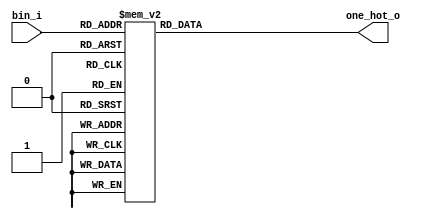
`timescale 1ns / 1ps
//////////////////////////////////////////////////////////////////////////////////
// Company: 
// Engineer: 
// 
// Design Name: 
// Module Name: day_8_binary_to_onehot
// Project Name: 
// Target Devices: 
// Tool Versions: 
// Description: 
// 
// Dependencies: 
// 
// Revision:
// Revision 0.01 - File Created
// Additional Comments:
// 
//////////////////////////////////////////////////////////////////////////////////


module day_8_binary_to_onehot
#(
  parameter BIN_W       = 4,
  parameter ONE_HOT_W   = 16
)(
  input   wire [BIN_W-1:0] bin_i,    
  output  reg [ONE_HOT_W-1:0] one_hot_o 
);
always @(*) begin
case (bin_i)
4'b0000: one_hot_o <= 16'b0000000000000001;
4'b0001: one_hot_o <= 16'b0000000000000010;
4'b0010: one_hot_o <= 16'b0000000000000100;
4'b0011: one_hot_o <= 16'b0000000000001000;
4'b0100: one_hot_o <= 16'b0000000000010000;
4'b0101: one_hot_o <= 16'b0000000000100000;
4'b0110: one_hot_o <= 16'b0000000001000000;
4'b0111: one_hot_o <= 16'b0000000010000000;
4'b1000: one_hot_o <= 16'b0000000100000000;
4'b1001: one_hot_o <= 16'b0000001000000000;
4'b1010: one_hot_o <= 16'b0000010000000000;
4'b1011: one_hot_o <= 16'b0000100000000000;
4'b1100: one_hot_o <= 16'b0001000000000000;
4'b1101: one_hot_o <= 16'b0010000000000000;
4'b1110: one_hot_o <= 16'b0100000000000000;
4'b1111: one_hot_o <= 16'b1000000000000000;
default : one_hot_o <= 16'b0000000000000000;
endcase
end
endmodule